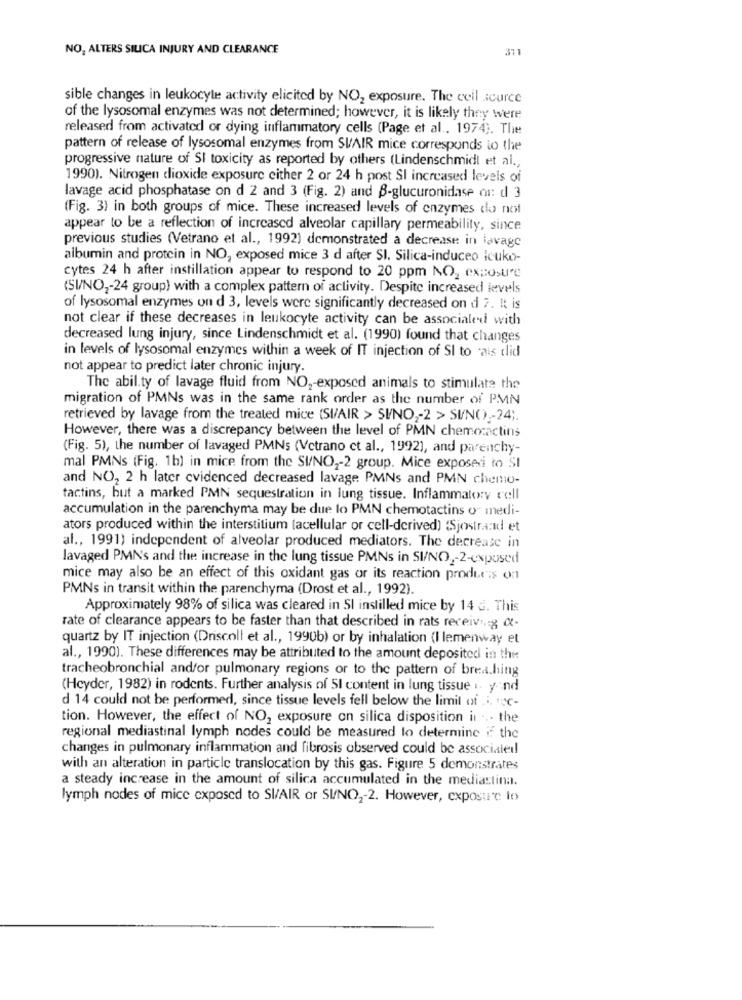
NO, ALTERS SILICA INJURY AND CLEARANCE
311
sible changes in leukocyte activity elicited by NO, exposure. The cell source
of the lysosomal enzymes was not determined; however, it is likely they were
released from activated or dying inflammatory cells (Page et al ., 1974). The
pattern of release of lysosomal enzymes from SUAIR mice corresponds to the
progressive nature of SI toxicity as reported by others (Lindenschmidt et al .,
1990). Nitrogen dioxide exposure either 2 or 24 h post SI increased levels of
lavage acid phosphatase on d 2 and 3 (Fig. 2) and B-glucuronidase on: d 3
(Fig. 3) in both groups of mice. These increased levels of enzymes do not
appear to be a reflection of increased alveolar capillary permeability, since
previous studies (Vetrano et al ., 1992) demonstrated a decrease in lavage
albumin and protein in NO, exposed mice 3 d after SI. Silica-induceo icuko-
cytes 24 h after instillation appear to respond to 20 ppm NO2 exposure
(SI/NO ,- 24 group) with a complex pattern of activity. Despite increased levels
of lysosomal enzymes on d 3, levels were significantly decreased on d 7. It is
not clear if these decreases in leukocyte activity can be associated with
decreased lung injury, since Lindenschmidt et al. (1990) found that changes
in levels of lysosomal enzymes within a week of IT injection of SI to ais clid
not appear to predict later chronic injury.
The abil.ty of lavage fluid from NO ,- exposed animals to stimulate the
migration of PMNs was in the same rank order as the number of PMN
retrieved by lavage from the treated mice (SI/AIR > SI/NO ,- 2 > SI/NO) ,- 24 ;.
However, there was a discrepancy between the level of PMN chemocactins
(Fig. 5), the number of lavaged PMNs (Vetrano et al ., 1992), and parenchy-
mal PMNs (Fig. 1b) in mice from the SI/NO ,- 2 group. Mice exposed to SI
and NO, 2 h later evidenced decreased lavage PMNs and PMN chemo-
tactins, but a marked PMN sequestration in lung tissue. Inflammatory cell
accumulation in the parenchyma may be due lo PMN chemotactins o medi-
ators produced within the interstitium (acellular or cell-derived) {Sjostrand et
al ., 1991) independent of alveolar produced mediators. The decrease in
lavaged PMN's and the increase in the lung tissue PMNs in SI/NO ,- 2-exposed
mice may also be an effect of this oxidant gas or its reaction produris on
PMNs in transit within the parenchyma (Drost et al ., 1992).
Approximately 98% of silica was cleared in SI instilled mice by 14 d. This
rate of clearance appears to be faster than that described in rats receiv. : g (X-
quartz by IT injection (Driscoll et al ., 1990b) or by inhalation (I lemenway et
al ., 1990). These differences may be attributed to the amount deposited in the
tracheobronchial and/or pulmonary regions or to the pattern of brea.hing
(Heyder, 1982) in rodents. Further analysis of 51 content in lung tissue .. y.ind
d 14 could not be performed, since tissue levels fell below the limit of .i. : ℃-
tion. However, the effect of NO, exposure on silica disposition in ... the
regional mediastinal lymph nodes could be measured to determine if the
changes in pulmonary inflammation and fibrosis observed could be associated!
with an alteration in particle translocation by this gas. Figure 5 demonstrates
a steady increase in the amount of silica accumulated in the mediastina.
lymph nodes of mice exposed to SI/AIR ar SI/NO ,- 2. However, exposure to